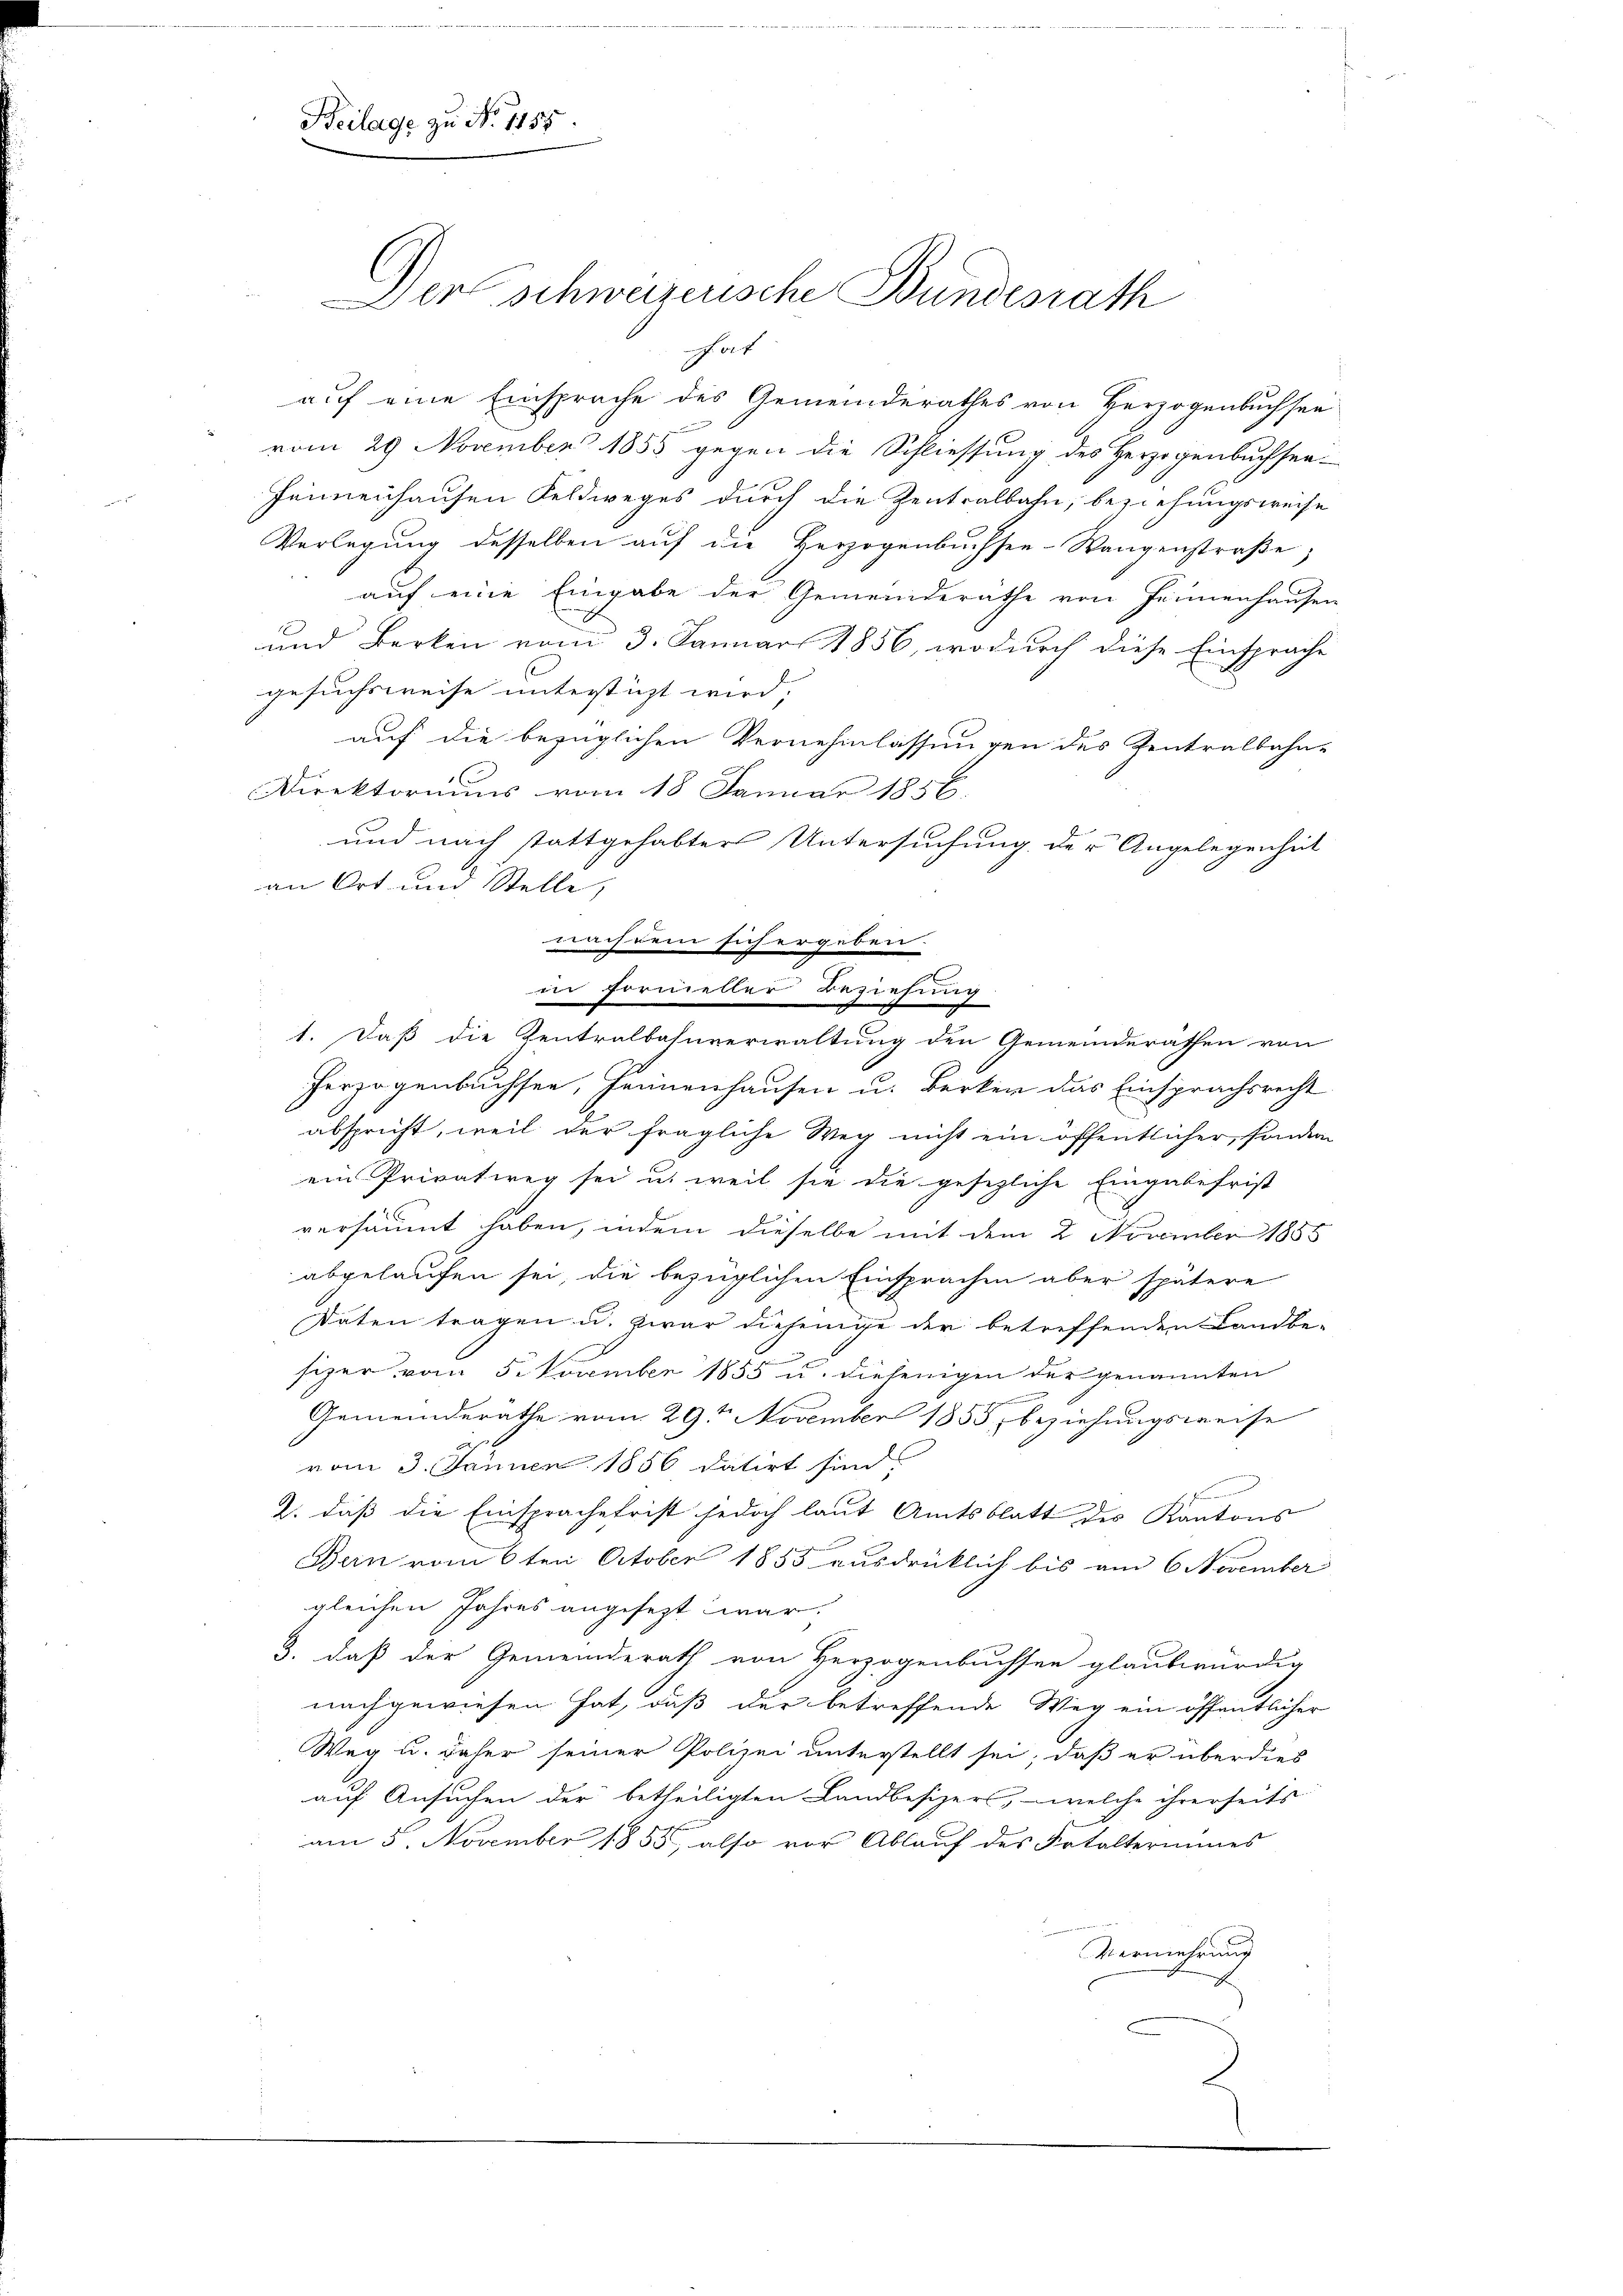
Beilage zu No 1155

Der schweizerische Bundesrath

of
auf eine Einsprache des Gemeinderathes von Verzogenbuchsee
vom 29 November 1855 gegen die Schliessung des Herzogenbuchsen-
heimenhausen Feldweges durch die Zentralbahn, beziehungsweise
Verlegung desselben auf die Herzogenbuchsen-Wangenstraße,
auf eine Eingabe der Gemeinderathe von Jennenhausen
und Berken vom 3. Januar 1856, wodurch diese Einsprache
gesuchsweise untersticht wird;
auf die bezüglichen Vernehmlassungen des Zentralbahn-
Direktoriums vom 18. Januar 1856.
und nach stattgehabter Untersuchung der Angelegenheit
an Ort und Stelle,
nachdem sich ergeben.
in formeller Beziehung
1. Daß die Zentralbahnverwaltung den Gemeinderathen von
Perzogenbuchsee, Hennenhausen u. Berken das Einsprachsrecht
abspricht, weil der fragliche Weg nicht ein öffentlicher, sondern
ein Privatweg sei u. weil sie die gesezliche Eingabefrist
versäumt haben, indem dieselbe mit dem 2 November 1885
abgelaufen sei, die bezüglichen Einsprachen aber spätere
Daten tragen u. zwar diejenige der betreffenden Landbe-
sizer vom 5. November 1855 u. diejenigen der genannten
Gemeinderathe vom 29ten November 1855 beziehungsweise
vom 3. Jänner 1856 datirt sind.
s
2., daß die Einsprache frist jedoch laut Amtsblatt des Kantons
Bern vom 6ten October 1855 ausdrücklich bis am 6 November
gleichen Jahres angesezt war.
3. daß der Gemeinderath von Herzogenbuchsen glaubwürdig
nachgewiesen hat, daß der betreffende Weg ein öffentlicher
Weg u. daher seiner Polizei unterstellt sei, daß er überdies
auf Ansuchen der betheiligten Landbesizers, welche ihrerseits
am 5. November 1855, also vor Ablauf des Frtalterinnes
Vermehrung